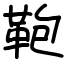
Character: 鞄